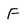
Character: F